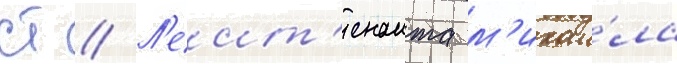
ст // Л'еит'енанта м'ихаи́ла